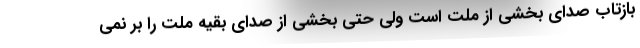
بازتاب صدای بخشی از ملت است ولی حتی بخشی از صدای بقیه ملت را بر نمی